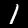
Digit: 1